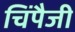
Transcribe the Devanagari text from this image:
चिंपैजी